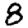
Digit: 8